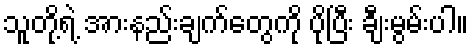
သူတို့ရဲ့ အားနည်းချက်တွေကို ပိုပြီး ချီးမွမ်းပါ။